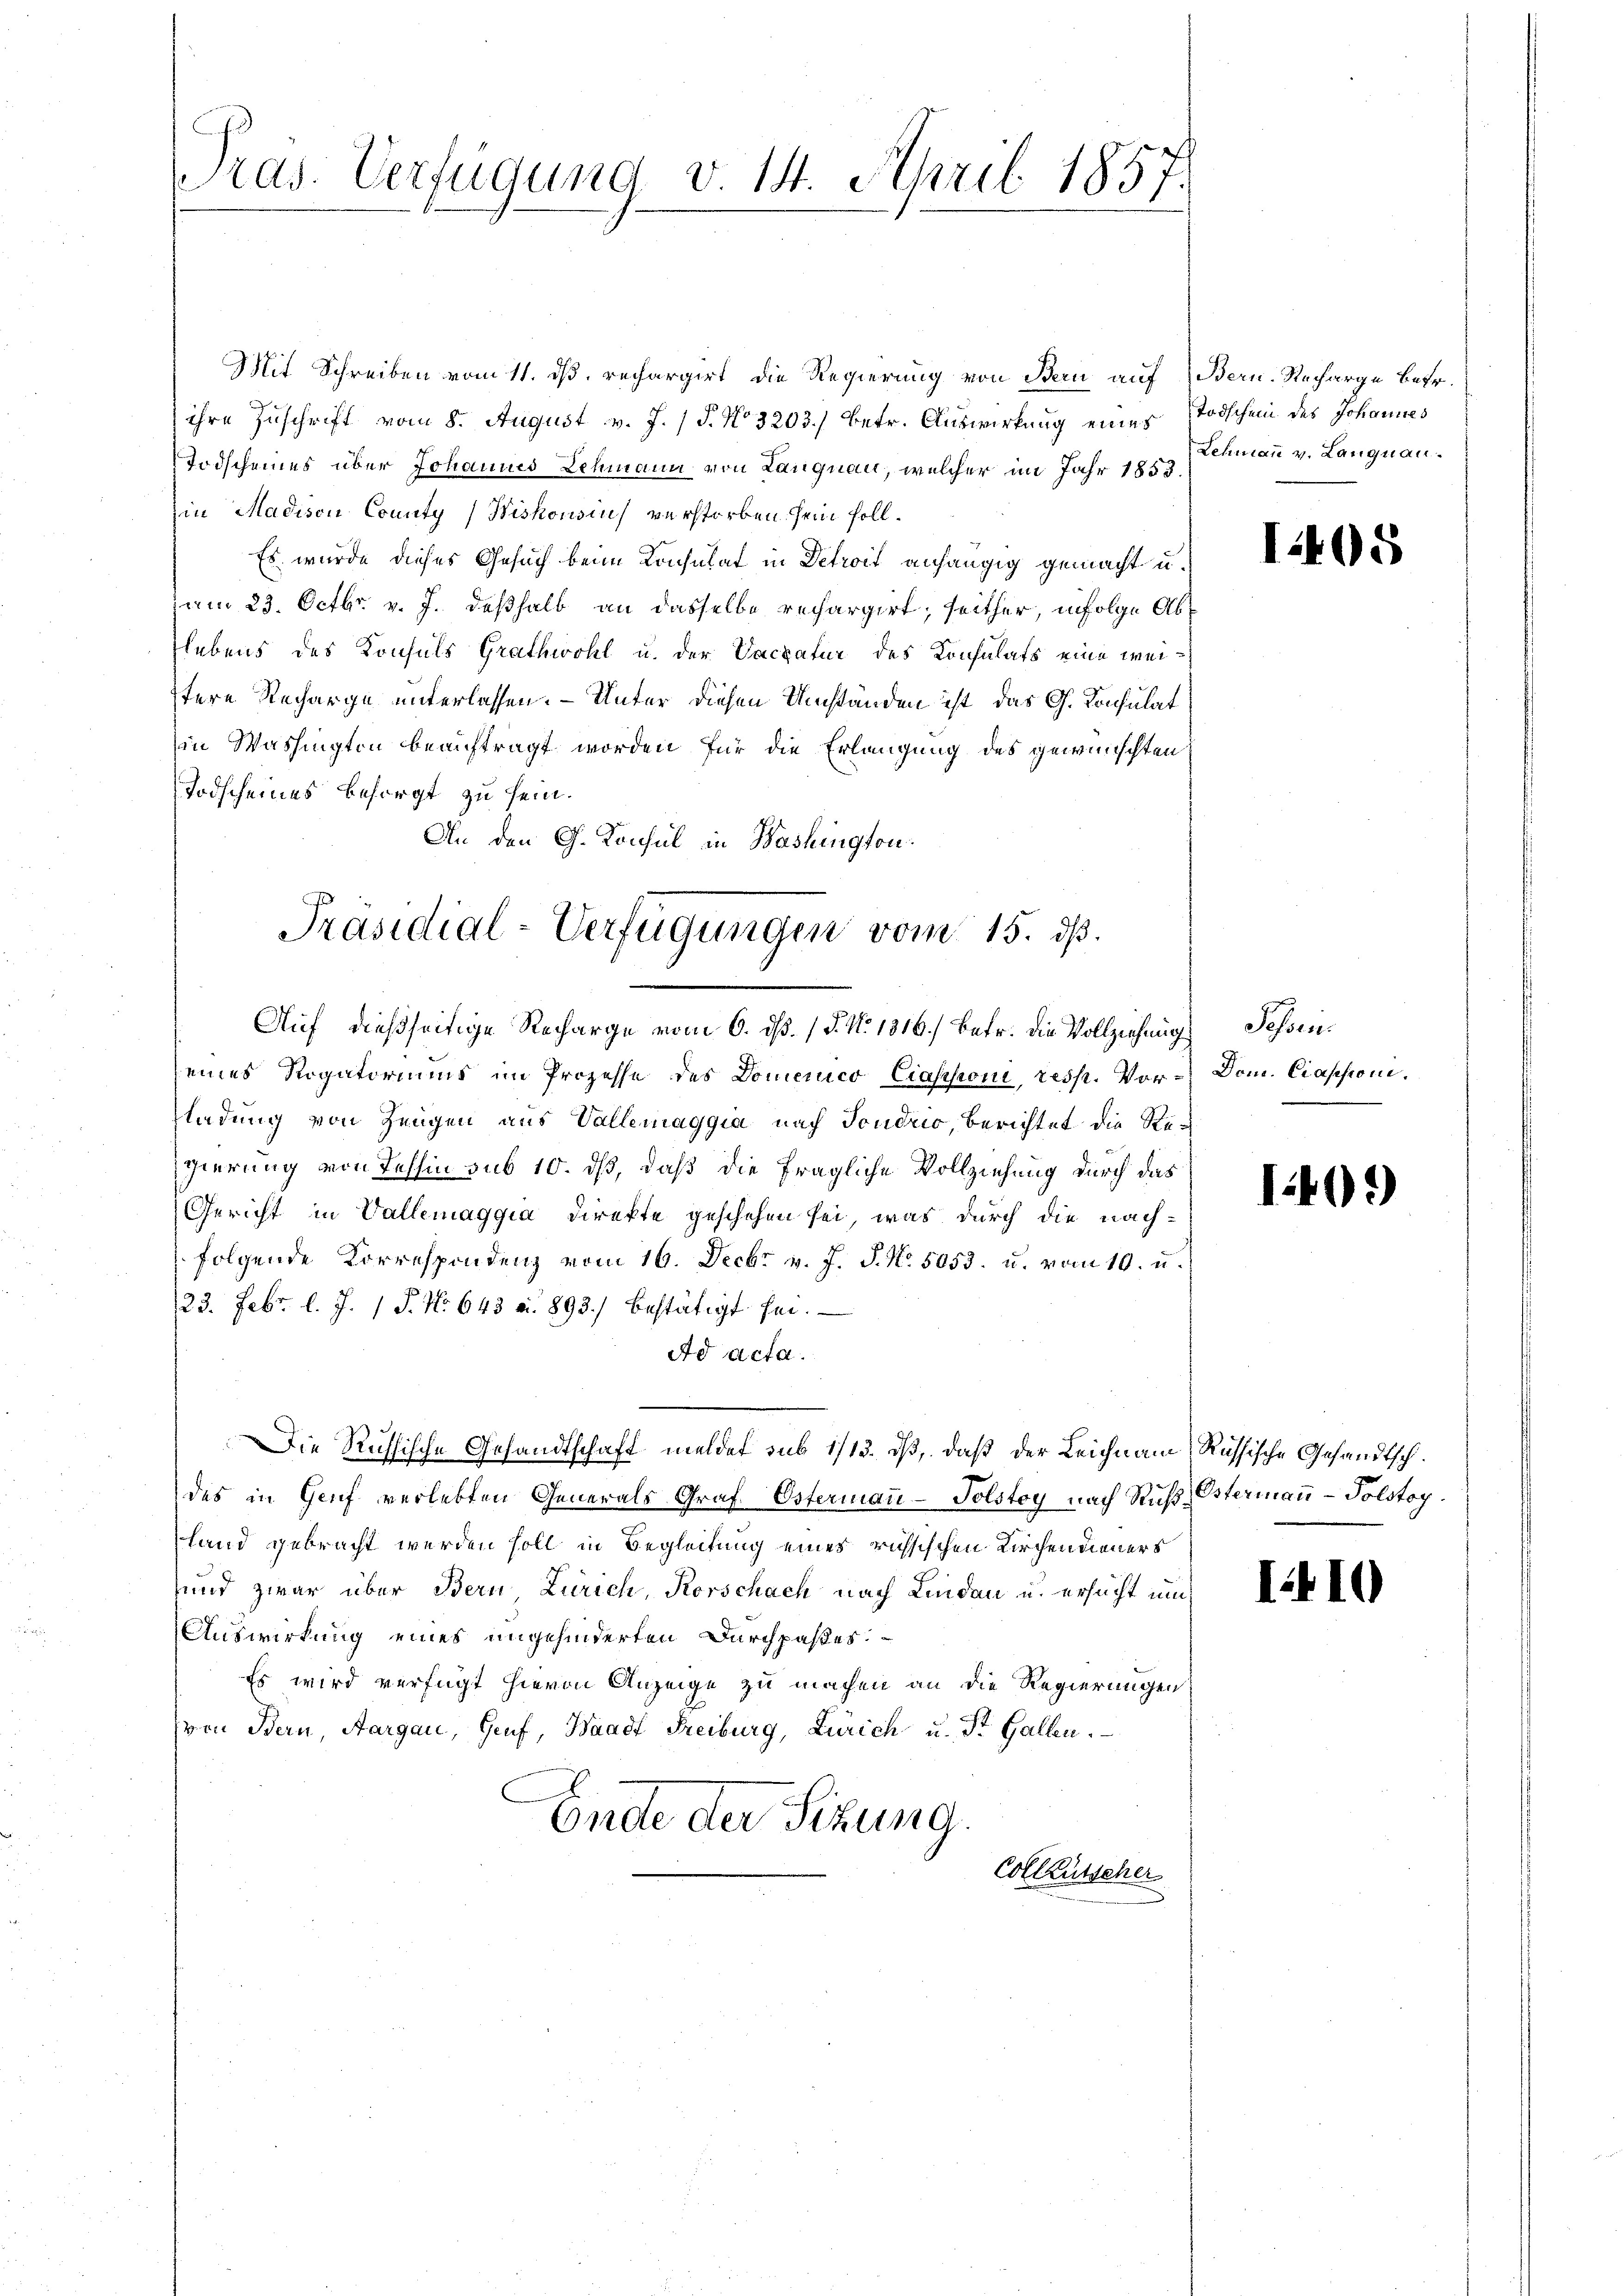
Pras. Verfügung v. 14. April 1857.

Mit Schreiben vom 11. dß, rechargirt, die Regierung von Bern auf Bern-Recharge betr.
ihre Zuschrift vom 8. August v. J. / P. No 3203.) Betr. Auswirkung eines Todschein des Johannes
Todscheines über Johannes Lehmann von Langnau, welcher im Jahr 1853.
in Madison County (Wiskousin verstorben sein soll¬
Es wurde dieses Gesuch beim Konsulat in Detroit anhängig gemacht u.
am 23. Octbr. v. J. deßhalb an dasselbe rechargirt, seither, infolge Ablebens des Konsuls Grathwohl u. der Vackatur des Konsulats eine weistere Recharge unterlassen. — Unter diesen Umständen ist das G. Konsulat
in Washingten beauftragt worden für die Erlangung des gewünschten
Todscheines besorgt zu sein.
An den G. Konsul in Washington
Auf dießseitige Recharge vom 6. dß. / P. Nr. 1816.) Betr. die Vollziehung
eines Rogatoriums im Prozesse des Domenico Ciassoni, resp. Vor- Dom. Ciapsoni.
ladung von Zeugen aus Vallemaggia nach Sondrio, berichtet die Regierung von Tessin sub 10. ds, daß die fragliche Vollziehung durch das
Gericht in Vallemaggia Direkte geschehen sei, was durch die nach-
folgende Korrespondenz vom 16. Decbr v. J. J. N. 5053. u. vom 10. u.
23. Febr. l. J. 1 P. Nr. 643 a. 893.) bestätigt sei.
Ad acta.
Die Russische Gesandtschaft meldet sub 1/13. ds, daß der Leichnam, Russische Gesandtschdes in Genf verlebten Generals Graf Ostermann-Tolstoy nach Ruch-Ostermann - Polstoy.
Land gebracht werden soll in Begleitung eines russischen Kirchen dieners
und zwar über Bern Zürich, Korschach nach Lindau u. ersucht um
Auswirkung eines ungehinderten Durchpaßes
Es wird verfügt hievon Anzeige zu machen an die Regierungen:
(von Bern, Aargau, Genf, Waadt Freiburg, Zürich u. St. Gallen.
Ende der Sitzung.
Colleütscher

Präsidial-Verfügungen vom 15. dß.

Lehmann v. Langnau.

1495

Jossen.
.

1405)

I410